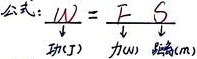
公式：\(W = F S\)
功(J) 力(N) 距离(m)